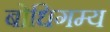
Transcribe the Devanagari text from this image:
बोधिगम्य